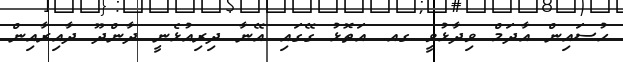
ހުސައިން އާދަމް ވިދާޅުވީ ގއ. އަތޮޅު ގޭގައި އޭނާ ދިރިއުޅެނީ ދާންދޫ ދާއިރާއިން